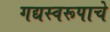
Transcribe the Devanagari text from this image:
गद्यस्वरूपाचे